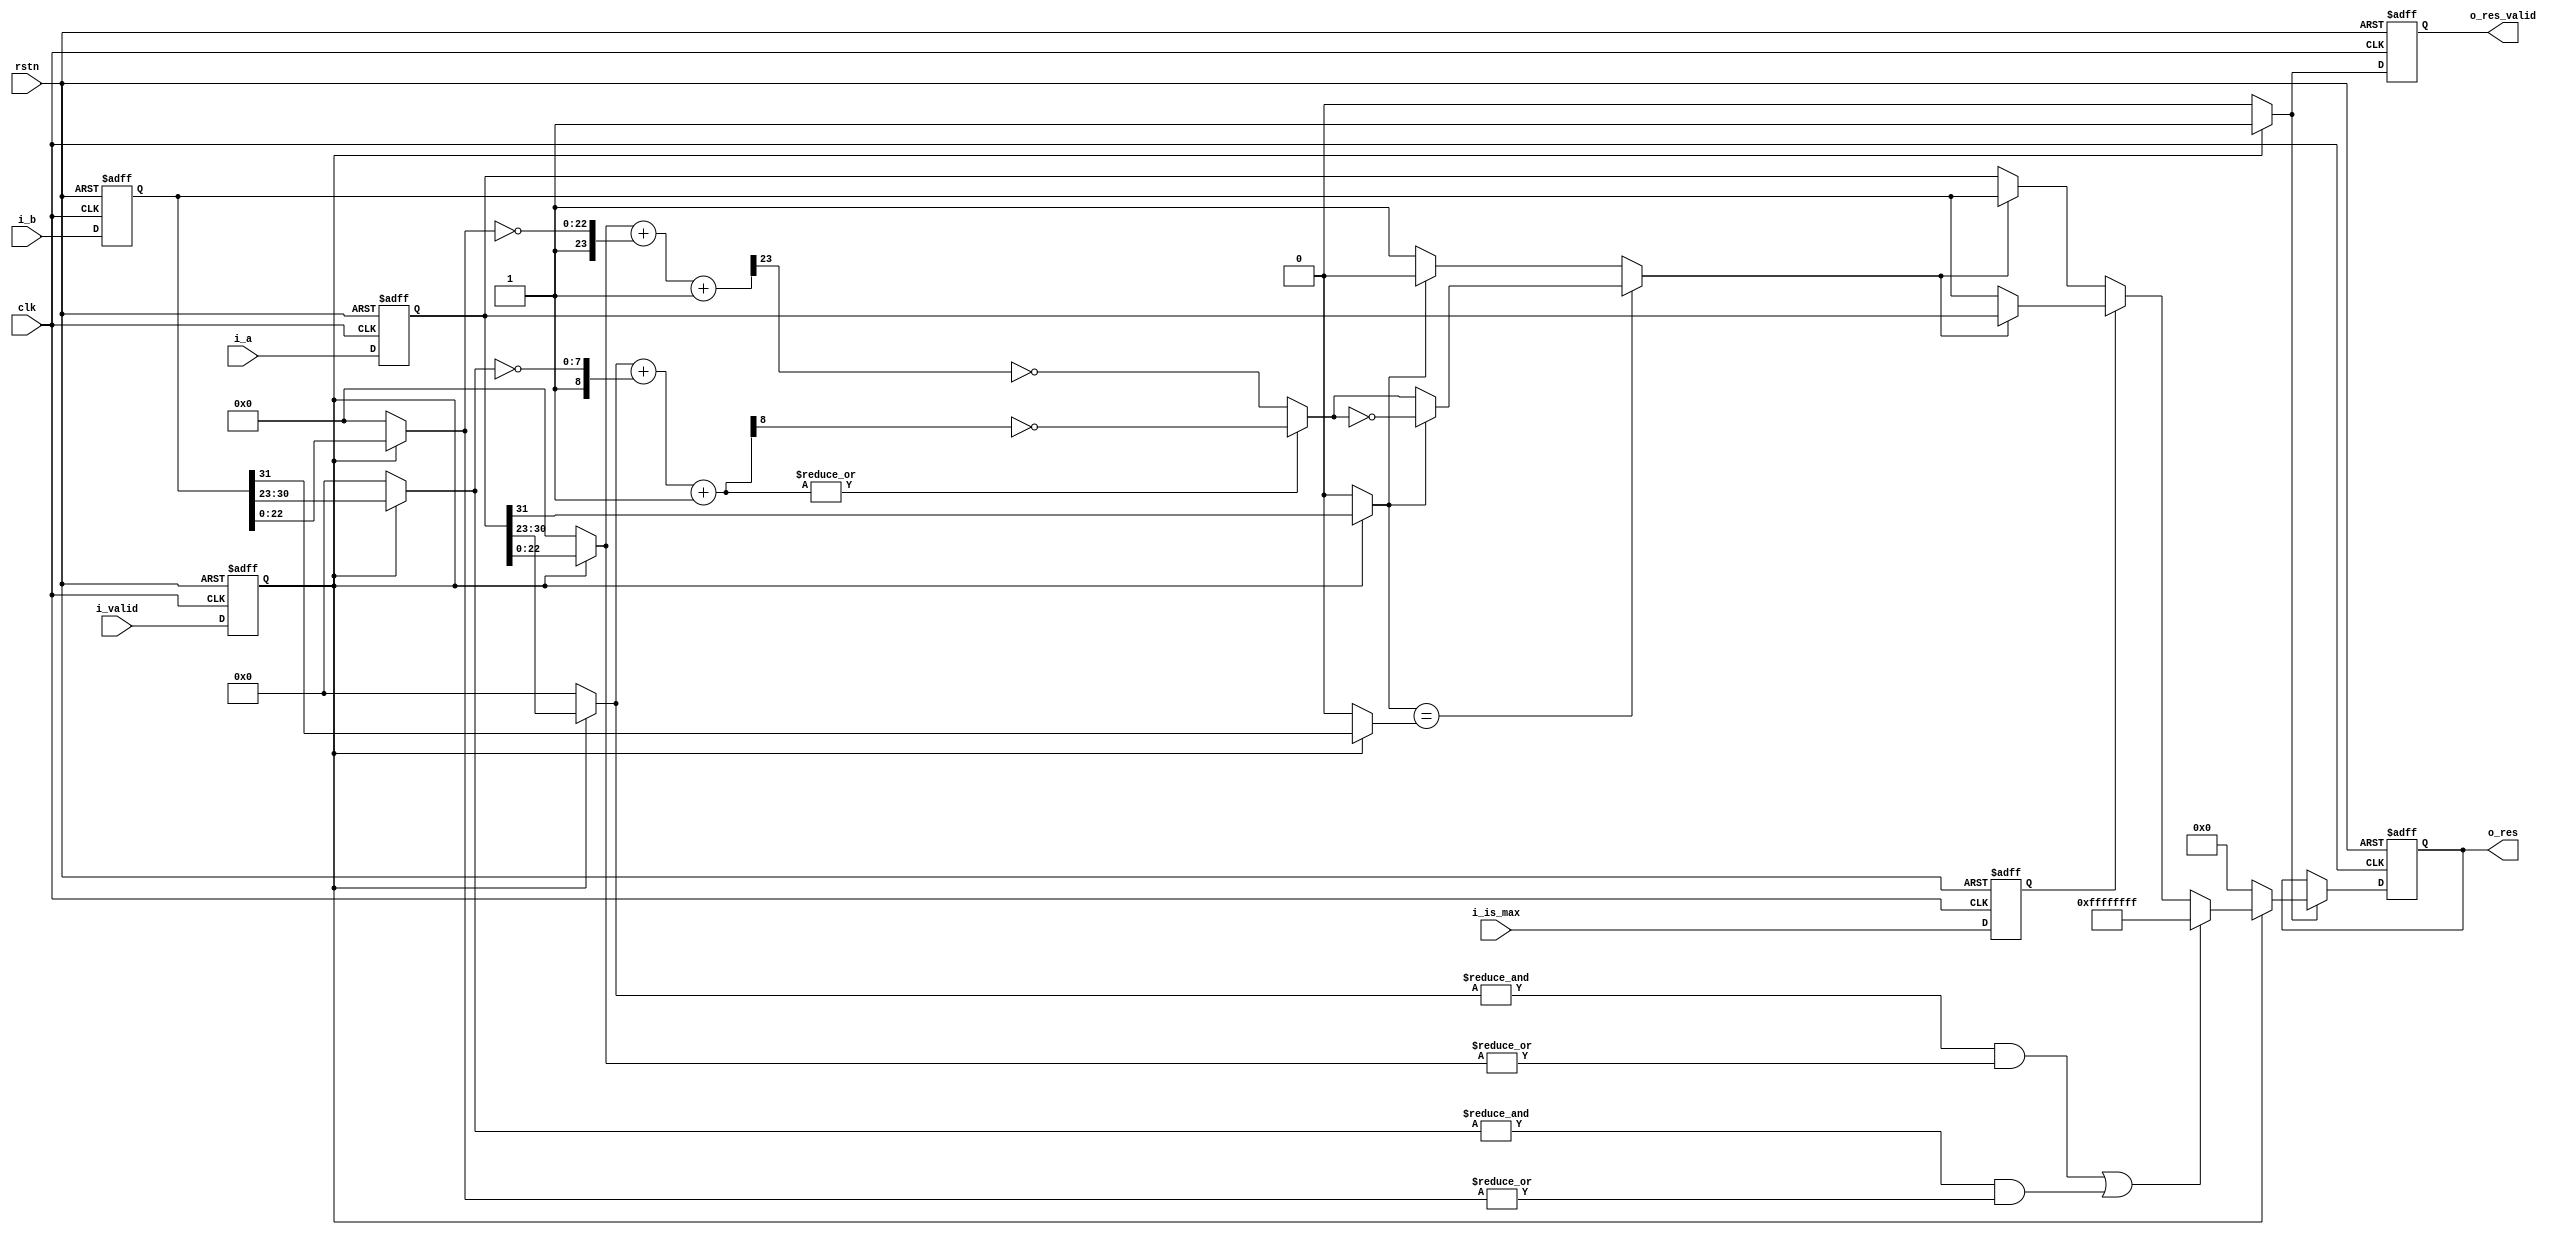
`timescale 1ns / 1ps
//////////////////////////////////////////////////////////////////////////////////
// Company: 
// Engineer: 
// 
// Design Name: 
// Module Name: FP32_cmp_value
// Project Name: 
// Target Devices: 
// Tool Versions: 
// Description: 
// 
// Dependencies: 
// 
// Revision:
// Revision 0.01 - File Created
// Additional Comments:
// 
//////////////////////////////////////////////////////////////////////////////////
`define FP32_K_WIDTH 32
`define FP32_E_WIDTH 8
`define FP32_M_WIDTH 23
`define QNNN 'hFFFFFFFF

module FP32_cmp_value (
    //  common signal
    input                             clk,
    input                             rstn, 
    //  Input Signals
    input                             i_valid,
    input                             i_is_max,      // 0: min / 1 : max
    input [`FP32_K_WIDTH-1:0]         i_a,
    input [`FP32_K_WIDTH-1:0]         i_b,
    // Output Signals
    output wire                       o_res_valid,
    output wire [`FP32_K_WIDTH-1:0]   o_res 
    );

    wire                              a_sign, b_sign;     // Sign for A and B
    wire [`FP32_E_WIDTH-1:0]          a_exp,  b_exp;      // Exponent for A and B
    wire [`FP32_M_WIDTH-1:0]          a_mant, b_mant;     // Mantissa for A and B       
    wire [`FP32_E_WIDTH:0]            expDiff;            // Difference between exponent for A and B
    wire [`FP32_M_WIDTH:0]            mantDiff;           // Difference between mantissa for A and B
    wire                              expDiffisZero;      // is same exponent for A and B?
    wire                              isAbsBigA;          // is A is bigger then B? (Absolute)
    wire                              isBigA;             // is A is bigger then B?

    //input reg
    reg                               valid_buf;
    reg                               is_max_buf;
    reg [`FP32_K_WIDTH-1:0]           a_buf;
    reg [`FP32_K_WIDTH-1:0]           b_buf;

    //output reg
    reg  [`FP32_K_WIDTH-1:0]          res_p, res_p_nxt;
    reg                               res_p_valid, res_p_valid_nxt;

    // Input Buffering
    always @(posedge clk or negedge rstn) begin
        if(!rstn) begin     
            valid_buf  <= 0;                 
            is_max_buf <= 0;     
            a_buf      <= 0;   
            b_buf      <= 0;      
        end
        else begin 
            valid_buf  <= i_valid;                 
            is_max_buf <= i_is_max;     
            a_buf      <= i_a;   
            b_buf      <= i_b;  
        end
    end  


    // unpacking for FP32 A and B
    assign a_sign = (valid_buf == 1) ? a_buf[`FP32_E_WIDTH+`FP32_M_WIDTH+:1] : 0;
    assign a_exp  = (valid_buf == 1) ? a_buf[`FP32_M_WIDTH+:`FP32_E_WIDTH]   : {`FP32_E_WIDTH{1'b0}};
    assign a_mant = (valid_buf == 1) ? a_buf[0+:`FP32_M_WIDTH]               : {`FP32_M_WIDTH{1'b0}};

    assign b_sign = (valid_buf == 1) ? b_buf[`FP32_E_WIDTH+`FP32_M_WIDTH+:1] : 0;
    assign b_exp  = (valid_buf == 1) ? b_buf[`FP32_M_WIDTH+:`FP32_E_WIDTH]   : {`FP32_E_WIDTH{1'b0}};
    assign b_mant = (valid_buf == 1) ? b_buf[0+:`FP32_M_WIDTH]               : {`FP32_M_WIDTH{1'b0}};

    // Compare Exponents/Mantissa
    assign expDiff        = {1'b0,a_exp}  + {1'b1,~b_exp}  + 1; 
    assign mantDiff       = {1'b0,a_mant} + {1'b1,~b_mant} + 1; 
    assign expDiffisZero  = ~(|expDiff);

    //Compare and Output the result value
    assign isAbsBigA   = expDiffisZero   ? ~mantDiff[`FP32_M_WIDTH]  : ~expDiff[`FP32_E_WIDTH];    
    assign isBigA      = (a_sign == b_sign) ? (a_sign ? ~isAbsBigA : isAbsBigA) :
                                                 (a_sign ? 1'b0       : 1'b1     );

    always @(*) begin 
        res_p_valid_nxt  = 0;
        res_p_nxt  = 0;
        if(valid_buf) begin      
            res_p_valid_nxt = 1'b1;
            if((&a_exp && |a_mant) || (&b_exp && |b_mant)) begin
                res_p_nxt   = `QNNN;                 
            end else begin 
                if(is_max_buf) begin 
                    if(isBigA) res_p_nxt = a_buf;
                    else       res_p_nxt = b_buf;
                end else begin 
                    if(isBigA) res_p_nxt = b_buf;
                    else       res_p_nxt = a_buf;
                end
            end           
        end 
    end    

    // Output buffering                                     
    always @(posedge clk or negedge rstn) begin
        if(!rstn) begin     
            res_p_valid <= 0;                 
            res_p       <= 0;              
        end
        else begin 
            res_p_valid <= res_p_valid_nxt;   
            if(res_p_valid_nxt)
                res_p   <= res_p_nxt;                       
        end
    end  

    assign o_res_valid  = res_p_valid;
    assign o_res        = res_p;


     

endmodule